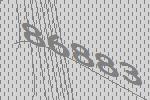
86883